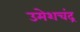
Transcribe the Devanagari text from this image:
उमेशचंद्र